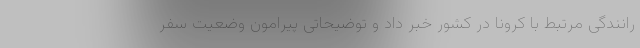
رانندگی مرتبط با کرونا در کشور خبر داد و توضیحاتی پیرامون وضعیت سفر